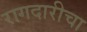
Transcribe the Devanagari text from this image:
रागदारीचा